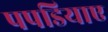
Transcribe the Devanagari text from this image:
पपडियाए